Report of the Indian Hemp Drugs Commission, 1894-1895 - Volume VII
Year: 1894
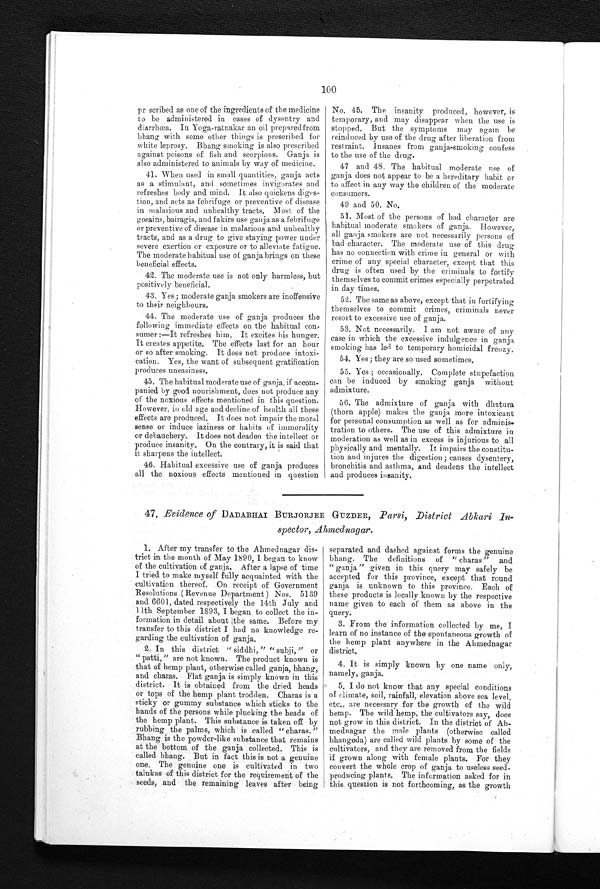
100
prescribed as one of the ingredients of the medicine
to be administered in cases of dysentry and
diarrhœa. In Yoga-ratnakar an oil prepared from
bhang with some other things is prescribed for
white leprosy. Bhang smoking is also prescribed
against poisons of fish and scorpions. Ganja is
also administered to animals by way of medicine.
41. When used in small quantities, ganja acts
as a stimulant, and sometimes invigorates and
refreshes body and mind. It also quickens diges
-
tion, and acts as febrifuge or preventive of disease
in malarious and unhealthy tracts. Most of the
gosains, bairagis, and fakirs use ganja as a febrifuge
or preventive of disease in malarious and unhealthy
tracts, and as a drug to give staying power under
severe exertion or exposure or to alleviate fatigue.
The moderate habitual use of ganja brings on these
beneficial effects.
42. The moderate use is not only harmless, but
positively beneficial.
43. Yes; moderate ganja smokers are inoffensive
to their neighbours.
44. The moderate use of ganja produces the
following immediate effects on the habitual con
-
s u m e r : — I t r e f r e s h e s h i m . I t e x c i t e s h i s h u n g e r .
It creates appetite. The effects last for an hour
or so after smoking. It does not produce intoxi
-
c a t i o n . Y e s , t h e w a n t o f s u b s e q u e n t g r a t i f i c a t i o n
produces uneasiness.
45. The habitual moderate use of ganja, if accom
-
p a n i e d b y g o o d n o u r i s h m e n t , d o e s n o t p r o d u c e a n y
of the noxious effects mentioned in this question.
However, in old age and decline of health all these
effects are produced. It does not impair the moral
sense or induce laziness or habits of immorality
or debauchery. It does not deaden the intellect or
produce insanity. On the contrary, it is said that
it sharpens the intellect.
46. Habitual excessive use of ganja produces
all the noxious effects mentioned in question
No. 45. The insanity produced, howèver, is
temporary, and may disappear when the use is
stopped. But the symptoms may again be
reinduced by use of the drug after liberation from
restraint. ^nsanes from ganja-smoking confess
to the use of the drug.
47 and 48, The habitual moderate use of
ganja does not appear to be a hereditary habit or
to affect in any way the children of the moderate
consumers.
49 and 50. No.
51. Most of the persons of bad character are
habitual moderate smokers of ganja. However,
all ganja smokers are not necessarily persons of
bad character. The moderate use of this drug
has no connection with crime in general or with
crime of any special character, except that this
drug is often used by the criminals to fortify
themselves to commit crimes especially perpetrated
in day times.
52. The same as above, except that in fortifying
themselves to commit crimes, criminals never
resort to excessive use of ganja.
53. Not necessarily. I am not aware of any
case in which the excessive indulgence in ganja
smoking has led to temporary homicidal frenzy.
54. Yes; they are so used sometimes.
55. Yes; occasionally. Complete stupefaction
can be induced by smoking ganja without
admixture.
56. The admixture of ganja with dhatura
(thorn apple) makes the ganja more intoxicant
for personal consumption as well as for adminis
-
tration to others. The use of this admixture in
moderation as well as in excess is injurious to all
physically and mentally. It impairs the constitu
-
tion and injures the digestion; causes dysentery,
bronchitis and asthma, and deadens the intellect
and produces insanity.
47. Evidence of DADABHAI BURJORJEE GUZDER, Parsi, District Abkari In
-
spector, Ahmednagar.
1. After my transfer to the Ahmednagar dis
-
trict in the month of May 1890, I began to know
of the cultivation of ganja. After a lapse of time
I tried to make myself fully acquainted with the
cultivation thereof. On receipt of Government
Resolutions (Revenue Department ) Nos. 5139
and 6601, dated respectively the 14th July and
11th September 1893, I began to collect the in
-
formation in detail about same. Before my
transfer to this district I had no knowledge re
-
garding the cultivation of ganja.
2. In this district "siddhi," "subji," or
" patti," are not known. The product known is
that of hemp plant, otherwise called ganja, bhang,
and charas. Flat ganja is simply known in this
district. It is obtained from the dried heads
or tops of the hemp plant trodden. Charas is a
sticky or gummy substance which sticks to the
hands of the persons while plucking the heads of
the hemp plant. This substance is taken off by
rubbing the palms, which is called "charas."
Bhang is the powder-like substance that remains
at the bottom of the ganja collected. This is
called bhang. But in fact this is not a genuine
one. The genuine one is cultivated in two
talukas of this district for the requirement of the
seeds, and the remaining leaves after being
separated and dashed against forms the genuine
bhang. The definitions of "charas" and
"ganja" given in this query may safely be
accepted for this province, except that round
ganja is unknown to this province. Each of
these products is locally known by the respective
name given to each of them as above in the
query.
3. From the information collected by me, I
learn of no instance of the spontaneous growth of
the hemp plant anywhere in the Ahmednagar
district.
4. It is simply known by one name only,
namely, ganja.
5. I do not know that any special conditions
o f c l i m a t e , s o i l , r a i n f a l l , e l e v a t i o n a b o v e s e a l e v e l ,
etc., are necessary for the growth of the wild
hemp. The wild hemp, the cultivators say, does
not grow in this district. In the district of A
h -
mednagar the male plants (otherwise called
bhangoda) are called wild plants by some of the
cultivators, and they are removed from the fields
if grown along with female plants. For they
convert the whole crop of ganja to useless seed
-
producing plants. The information asked for in
this question is not forthcoming, as the growth